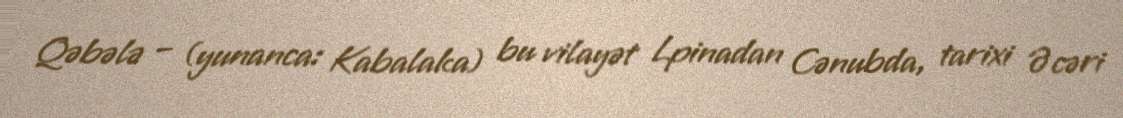
Qəbələ – (yunanca: Kabalaka) bu vilayət Lpinadan Cənubda, tarixi Əcəri